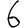
Digit: 6